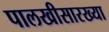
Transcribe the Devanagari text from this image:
पालखीसारख्या